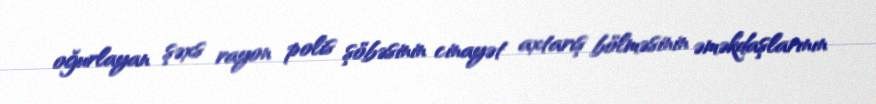
oğurlayan şəxs rayon polis şöbəsinin cinayət axtarış bölməsinin əməkdaşlarının